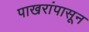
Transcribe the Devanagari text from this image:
पाखरांपासून